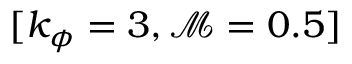
[ k _ { \phi } = 3 , \mathcal { M } = 0 . 5 ]